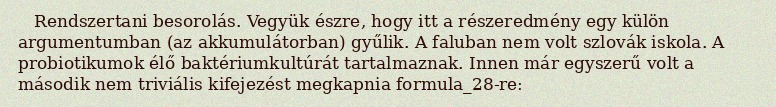
Rendszertani besorolás. Vegyük észre, hogy itt a részeredmény egy külön argumentumban (az akkumulátorban) gyűlik. A faluban nem volt szlovák iskola. A probiotikumok élő baktériumkultúrát tartalmaznak. Innen már egyszerű volt a második nem triviális kifejezést megkapnia formula_28-re: